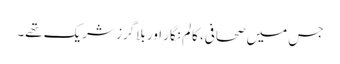
جس میں صحافی، کالم نگار اور بلاگرز شریک تھے۔